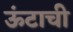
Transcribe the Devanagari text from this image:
ऊंटाची